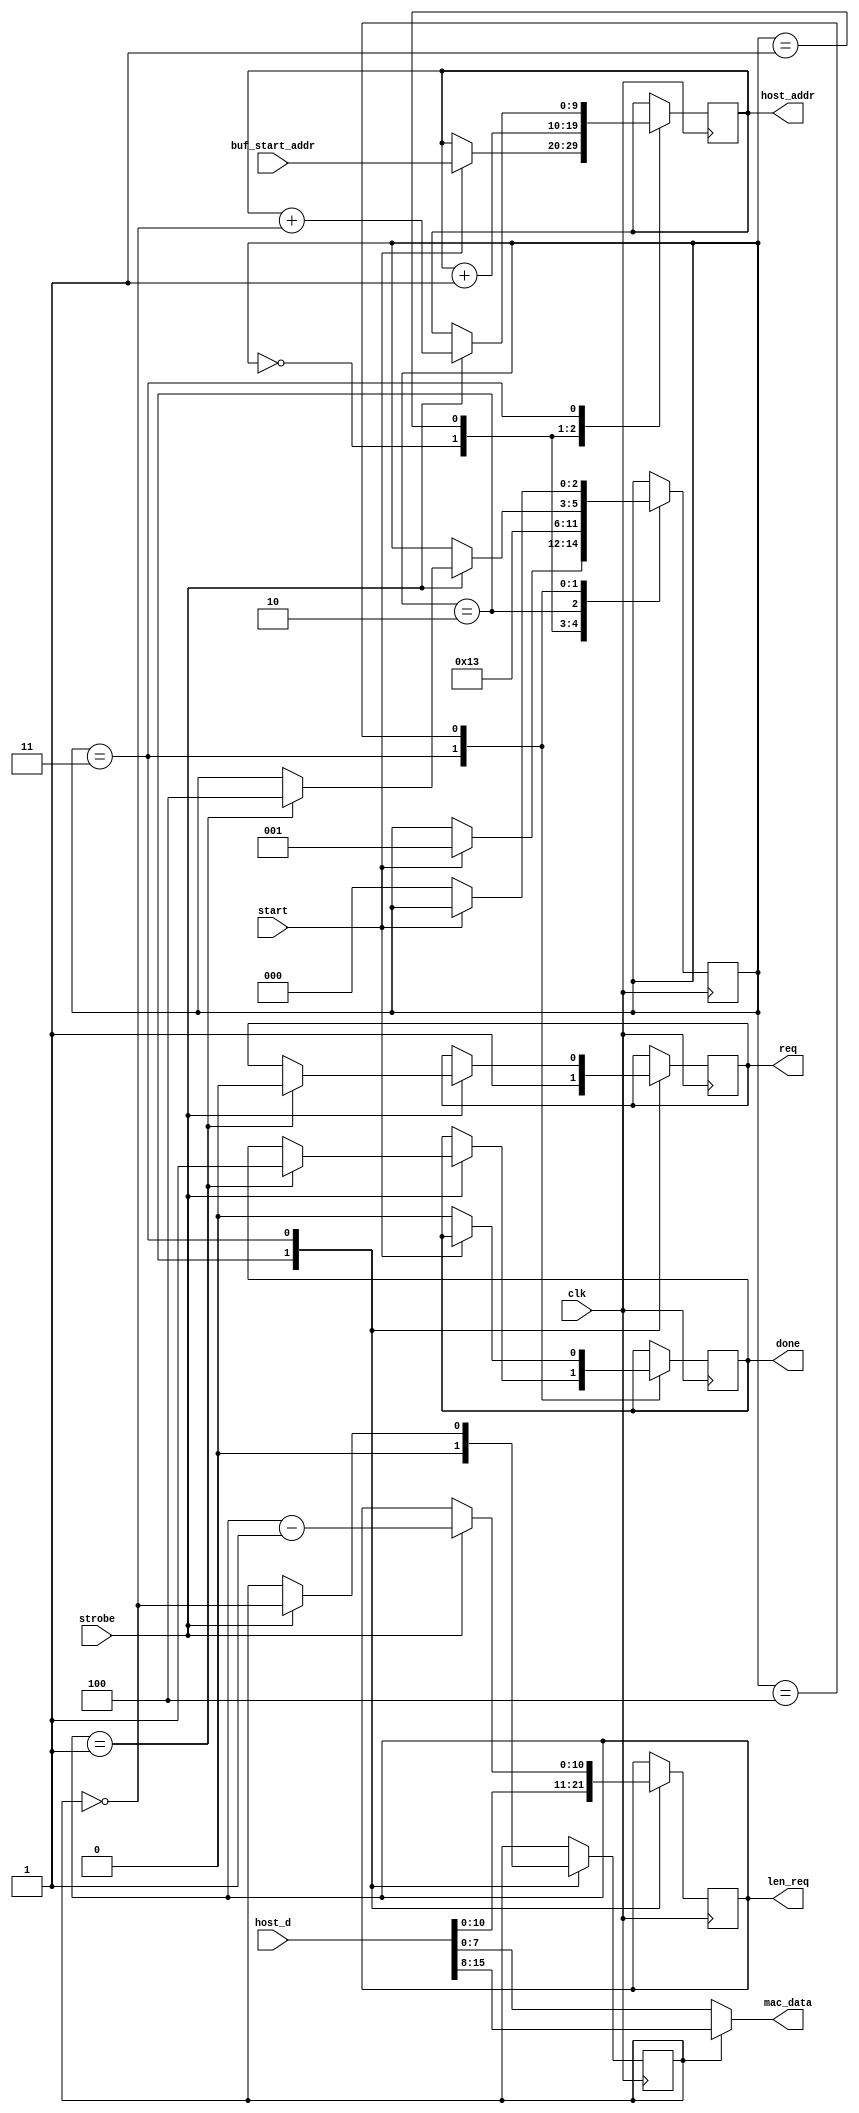
module test_tx_mac #(
	parameter mac_aw=10,  // 16-bit words
	parameter big_endian=0
) (
	input clk,
	// There is an implied DPRAM _not_ included in this module.
	// These ports access its read port, with assumed 1-cycle latency
	// The packet length is stored as the first word of a buffer.
	// Endian-ness is configurable.
	output [mac_aw-1:0] host_addr,
	input [15:0] host_d,
	// Request from host to transmit a packet, already converted to
	// (or at least usable in) our clk domain.
	// OK to just latch buf_start_addr on one host clock cycle,
	// and raise the start signal on the next.
	// Also OK to construct buf_start_addr with a handful of
	// static 0 at the lsb (representing granularity of buffer starts),
	// could save a few registers in that clock domain crossing.
	input start,
	input [mac_aw-1:0] buf_start_addr,
	output done,  // 4-phase handshake with start signal
	// Connection to precog module
	output req,
	output [10:0] len_req,  // can represent 1 MTU, in octets
	// Connection to output multiplexer (xformer.v)
	input strobe,
	output [7:0] mac_data
);

reg [mac_aw-1:0] buffer_point;  // in words
reg [2:0] mode=0;
reg [10:0] len_req_r=0;
reg req_r=0, done_r=0;
reg odd_octet=0;
wire even_octet = ~odd_octet;
// There's a total of two cycles latency from setting buffer_point
// to being able to use the result of reading that DPRAM entry.
always @(posedge clk) case (mode)
	0: if (start) begin
		mode <= 1;
		buffer_point <= buf_start_addr;
	end
	1: begin
		mode <= 2;
		buffer_point <= buffer_point + 1;
	end
	2: begin
		mode <= 3;
		len_req_r <= host_d;
		odd_octet <= 0;
		req_r <= 1;
	end
	3: if (strobe) begin
		odd_octet <= ~odd_octet;
		buffer_point <= buffer_point + even_octet;
		len_req_r <= len_req_r-1;
		if (len_req_r == 1) begin
			mode <= 4;
			done_r <= 1;
			req_r <= 0;
		end
	end
	4: begin
		if (~start) begin
			mode <= 0;
			done_r <= 0;
		end
	end
endcase

assign host_addr = buffer_point;
assign len_req = len_req_r;
assign mac_data = (odd_octet^big_endian) ? host_d[15:8] : host_d[7:0];
assign done = done_r;
assign req = req_r;

endmodule